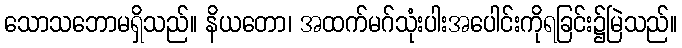
သောသဘောမရှိသည်။ နိယတော၊ အထက်မဂ်သုံးပါးအပေါင်းကိုရခြင်း၌မြဲသည်။